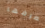
تعرفها